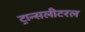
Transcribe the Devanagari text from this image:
ट्रान्सलीटरल